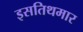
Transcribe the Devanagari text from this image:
इसतिथमार